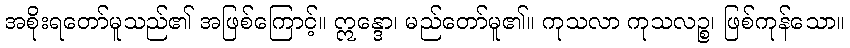
အစိုးရတော်မူသည်၏ အဖြစ်ကြောင့်။ ဣန္ဒော၊ မည်တော်မူ၏။ ကုသလာ ကုသလဉ္စ၊ ဖြစ်ကုန်သော။